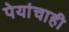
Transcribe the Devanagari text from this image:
पेयांचाही